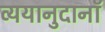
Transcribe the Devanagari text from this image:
व्ययानुदानॉ